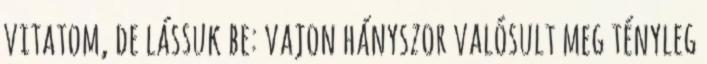
vitatom, de lássuk be: vajon hányszor valósult meg tényleg